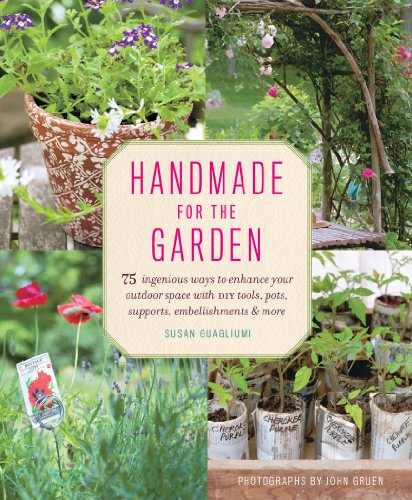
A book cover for Handmade for the Garden: 75 Ingenious Ways to Enhance Your Outdoor Space with DIY Tools, Pots, Supports, Embellishments, and More; Susan Guagliumi; Crafts, Hobbies & Home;